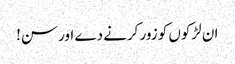
ان لڑکوں کو زور کرنے دے اور سن!